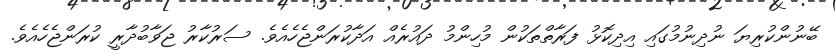
ބޭނުންކުރިޔަ ނުދިނުމުގައި އިދިކޮޅު ފަރާތްތަކުން މުހިންމު ދައުރެއް އަދާކުރަންޖެހެއެވެ. ސަރުކާރު ޖަވާބުދާރީ ކުރަންޖެހެއެވެ.